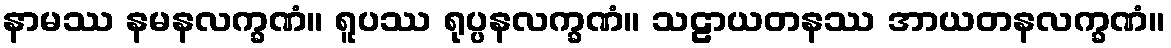
နာမဿ နမနလက္ခဏံ။ ရူပဿ ရုပ္ပနလက္ခဏံ။ သဠာယတနဿ အာယတနလက္ခဏံ။